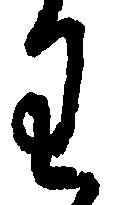
わ